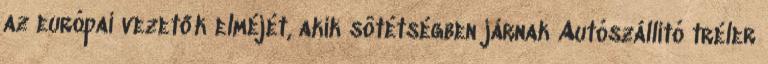
az európai vezetők elméjét, akik sötétségben járnak Autószállító tréler